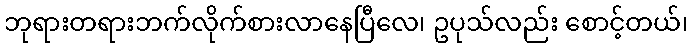
ဘုရားတရားဘက်လိုက်စားလာနေပြီလေ၊ ဥပုသ်လည်း စောင့်တယ်၊